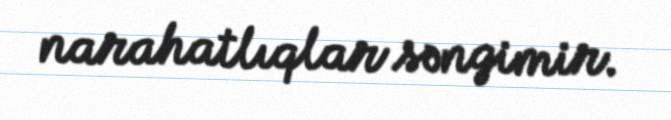
narahatlıqlar səngimir.